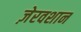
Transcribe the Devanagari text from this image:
ज़ेरवशान